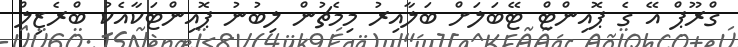
ގްރޫޕް އޭ ގެ ޕޮއިންޓް ޓޭބަލަށް ބަލާއިރު މިމެޗުން ލިބުނު ޕޮއިންޓަކާއެކު ބްރެޒިލް